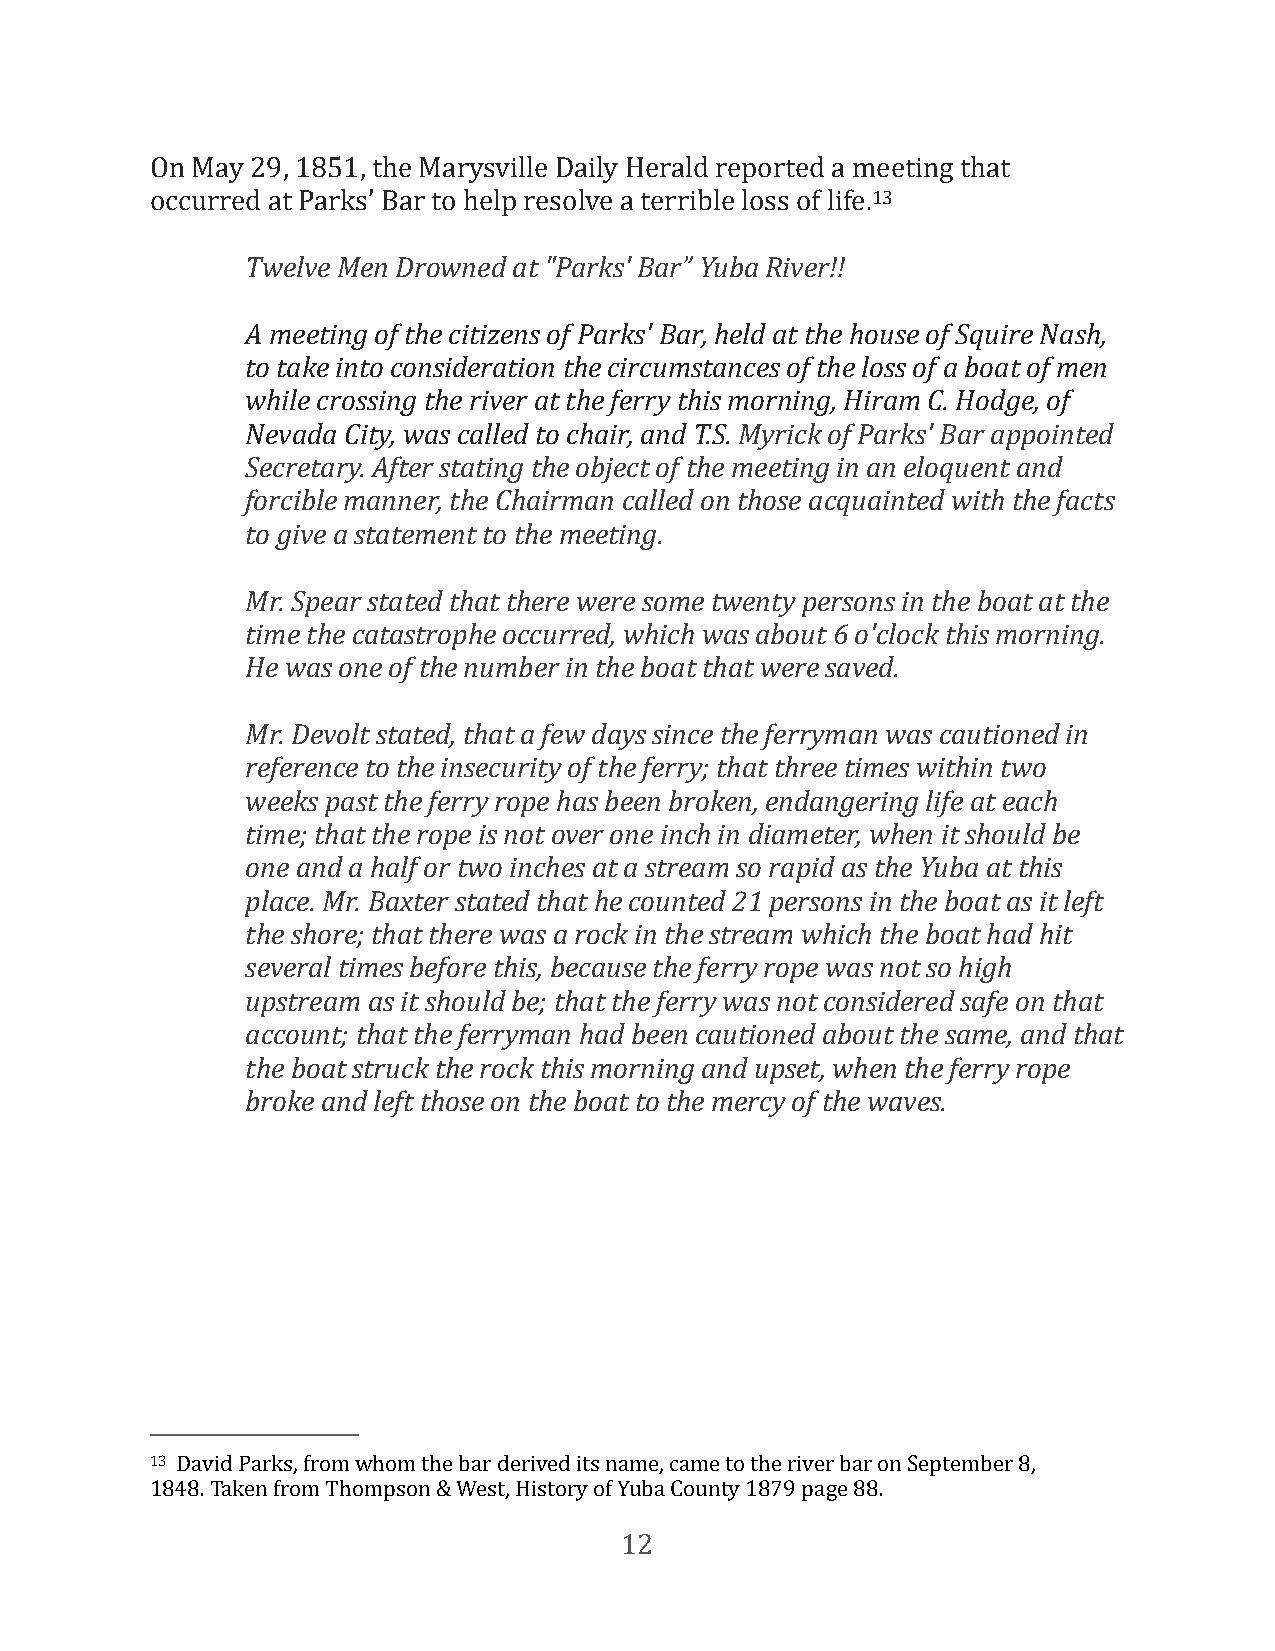
On May 29, 1851, the Marysville Daily Herald reported a meeting that
 occurred at Parks’ Bar to help resolve a terrible loss of life.13
 Twelve Men Drowned at "Parks' Bar” Yuba River!!
 A meeting of the citizens of Parks' Bar, held at the house of Squire Nash,
 to take into consideration the circumstances of the loss of a boat of men
 while crossing the river at the ferry this morning, Hiram C. Hodge, of
 Nevada City, was called to chair, and T.S. Myrick of Parks' Bar appointed
 Secretary. After stating the object of the meeting in an eloquent and
 forcible manner, the Chairman called on those acquainted with the facts
 to give a statement to the meeting.
 Mr. Spear stated that there were some twenty persons in the boat at the
 time the catastrophe occurred, which was about 6 o'clock this morning.
 He was one of the number in the boat that were saved.
 Mr. Devolt stated, that a few days since the ferryman was cautioned in
 reference to the insecurity of the ferry; that three times within two
 weeks past the ferry rope has been broken, endangering life at each
 time; that the rope is not over one inch in diameter, when it should be
 one and a half or two inches at a stream so rapid as the Yuba at this
 place. Mr. Baxter stated that he counted 21 persons in the boat as it left
 the shore; that there was a rock in the stream which the boat had hit
 several times before this, because the ferry rope was not so high
 upstream as it should be; that the ferry was not considered safe on that
 account; that the ferryman had been cautioned about the same, and that
 the boat struck the rock this morning and upset, when the ferry rope
 broke and left those on the boat to the mercy of the waves.
 13 David Parks, from whom the bar derived its name, came to the river bar on September 8,
 1848. Taken from Thompson & West, History of Yuba County 1879 page 88.
 12